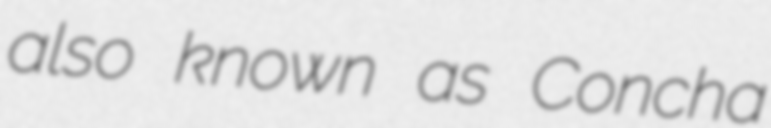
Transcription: also known as Concha